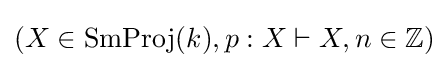
(X\in \operatorname {SmProj} (k),p:X\vdash X,n\in \mathbb {Z} )